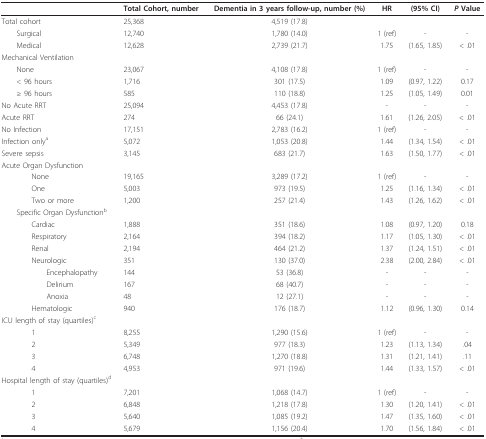
<table><thead><tr><td></td><td><b>Total Cohort, number</b></td><td><b>Dementia in 3 years follow-up, number (%)</b></td><td><b>HR</b></td><td><b>(95% CI)</b></td><td><b><i>P </i>Value</b></td></tr></thead><tbody><tr><td>Total cohort</td><td>25,368</td><td>4,519 (17.8)</td><td></td><td></td><td></td></tr><tr><td> Surgical</td><td>12,740</td><td>1,780 (14.0)</td><td>1 (ref)</td><td>-</td><td>-</td></tr><tr><td> Medical</td><td>12,628</td><td>2,739 (21.7)</td><td>1.75</td><td>(1.65, 1.85)</td><td>&lt; .01</td></tr><tr><td>Mechanical Ventilation</td><td></td><td></td><td></td><td></td><td></td></tr><tr><td> None</td><td>23,067</td><td>4,108 (17.8)</td><td>1 (ref)</td><td>-</td><td>-</td></tr><tr><td> &lt; 96 hours</td><td>1,716</td><td>301 (17.5)</td><td>1.09</td><td>(0.97, 1.22)</td><td>0.17</td></tr><tr><td> ≥ 96 hours</td><td>585</td><td>110 (18.8)</td><td>1.25</td><td>(1.05, 1.49)</td><td>0.01</td></tr><tr><td>No Acute RRT</td><td>25,094</td><td>4,453 (17.8)</td><td>-</td><td>-</td><td>-</td></tr><tr><td>Acute RRT</td><td>274</td><td>66 (24.1)</td><td>1.61</td><td>(1.26, 2.05)</td><td>&lt; .01</td></tr><tr><td>No Infection</td><td>17,151</td><td>2,783 (16.2)</td><td>1 (ref)</td><td>-</td><td>-</td></tr><tr><td>Infection only<sup>a</sup></td><td>5,072</td><td>1,053 (20.8)</td><td>1.44</td><td>(1.34, 1.54)</td><td>&lt; .01</td></tr><tr><td>Severe sepsis</td><td>3,145</td><td>683 (21.7)</td><td>1.63</td><td>(1.50, 1.77)</td><td>&lt; .01</td></tr><tr><td>Acute Organ Dysfunction</td><td></td><td></td><td></td><td></td><td></td></tr><tr><td>None</td><td>19,165</td><td>3,289 (17.2)</td><td>1 (ref)</td><td>-</td><td>-</td></tr><tr><td>One</td><td>5,003</td><td>973 (19.5)</td><td>1.25</td><td>(1.16, 1.34)</td><td>&lt; .01</td></tr><tr><td>Two or more</td><td>1,200</td><td>257 (21.4)</td><td>1.43</td><td>(1.26, 1.62)</td><td>&lt; .01</td></tr><tr><td> Specific Organ Dysfunction<sup>b</sup></td><td></td><td></td><td></td><td></td><td></td></tr><tr><td>Cardiac</td><td>1,888</td><td>351 (18.6)</td><td>1.08</td><td>(0.97, 1.20)</td><td>0.18</td></tr><tr><td>Respiratory</td><td>2,164</td><td>394 (18.2)</td><td>1.17</td><td>(1.05, 1.30)</td><td>&lt; .01</td></tr><tr><td>Renal</td><td>2,194</td><td>464 (21.2)</td><td>1.37</td><td>(1.24, 1.51)</td><td>&lt; .01</td></tr><tr><td>Neurologic</td><td>351</td><td>130 (37.0)</td><td>2.38</td><td>(2.00, 2.84)</td><td>&lt; .01</td></tr><tr><td>Encephalopathy</td><td>144</td><td>53 (36.8)</td><td>-</td><td>-</td><td>-</td></tr><tr><td>Delirium</td><td>167</td><td>68 (40.7)</td><td>-</td><td>-</td><td>-</td></tr><tr><td>Anoxia</td><td>48</td><td>12 (27.1)</td><td>-</td><td>-</td><td>-</td></tr><tr><td>Hematologic</td><td>940</td><td>176 (18.7)</td><td>1.12</td><td>(0.96, 1.30)</td><td>0.14</td></tr><tr><td>ICU length of stay (quartiles)<sup>c</sup></td><td></td><td></td><td></td><td></td><td></td></tr><tr><td>1</td><td>8,255</td><td>1,290 (15.6)</td><td>1 (ref)</td><td>-</td><td>-</td></tr><tr><td>2</td><td>5,349</td><td>977 (18.3)</td><td>1.23</td><td>(1.13, 1.34)</td><td>.04</td></tr><tr><td>3</td><td>6,748</td><td>1,270 (18.8)</td><td>1.31</td><td>(1.21, 1.41)</td><td>.11</td></tr><tr><td>4</td><td>4,953</td><td>971 (19.6)</td><td>1.44</td><td>(1.33, 1.57)</td><td>&lt; .01</td></tr><tr><td>Hospital length of stay (quartiles)<sup>d</sup></td><td></td><td></td><td></td><td></td><td></td></tr><tr><td>1</td><td>7,201</td><td>1,068 (14.7)</td><td>1 (ref)</td><td>-</td><td>-</td></tr><tr><td>2</td><td>6,848</td><td>1,218 (17.8)</td><td>1.30</td><td>(1.20, 1.41)</td><td>&lt; .01</td></tr><tr><td>3</td><td>5,640</td><td>1,085 (19.2)</td><td>1.47</td><td>(1.35, 1.60)</td><td>&lt; .01</td></tr><tr><td>4</td><td>5,679</td><td>1,156 (20.4)</td><td>1.70</td><td>(1.56, 1.84)</td><td>&lt; .01</td></tr></tbody></table>